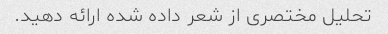
تحلیل مختصری از شعر داده شده ارائه دهید.